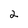
Character: 2